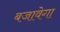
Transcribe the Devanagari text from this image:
बजावेगा